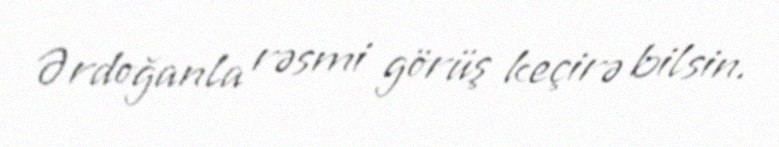
Ərdoğanla rəsmi görüş keçirə bilsin.